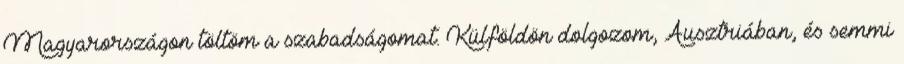
Magyarországon töltöm a szabadságomat. Külföldön dolgozom, Ausztriában, és semmi